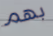
بهم